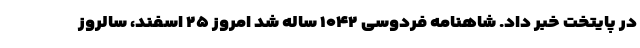
در پایتخت خبر داد. شاهنامه فردوسی ۱۰۴۲ ساله شد امروز ۲۵ اسفند، سالروز